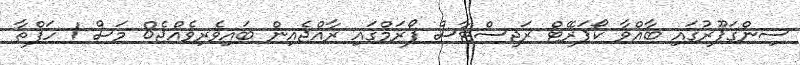
ސިންގަޕޫރުގައި ބާއްވާ ކޯޕަރޭޓް ރަޖިސްޓާސް ފޯރަމްގައި ރާއްޖެއިން ބައިވެރިވެއްޖެ8 މަސް 1 ހަފްތާ